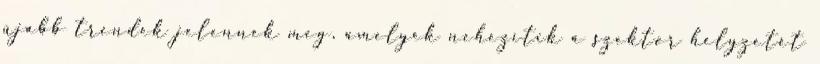
újabb trendek jelennek meg, amelyek nehezítik a szektor helyzetét